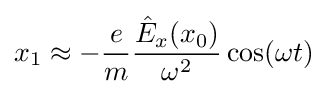
x_{1}\approx -{\frac {e}{m}}{\frac {{\hat {E}}_{x}(x_{0})}{\omega ^{2}}}\cos(\omega t)